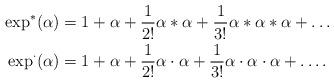
LaTeX: \begin{align*} \exp^*(\alpha) &= 1 + \alpha + \frac{1}{2!} \alpha*\alpha + \frac{1}{3!} \alpha*\alpha*\alpha + \ldots \\ \exp^{\cdot}(\alpha) &= 1 + \alpha + \frac{1}{2!} \alpha \cdot \alpha + \frac{1}{3!} \alpha \cdot \alpha \cdot \alpha + \ldots .\end{align*}